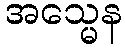
အသ္မေန